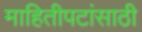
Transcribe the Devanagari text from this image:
माहितीपटांसाठी